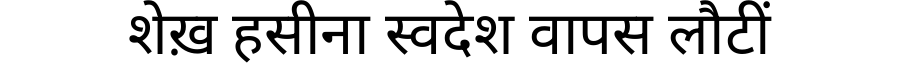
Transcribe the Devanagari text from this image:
शेख़ हसीना स्वदेश वापस लौटीं